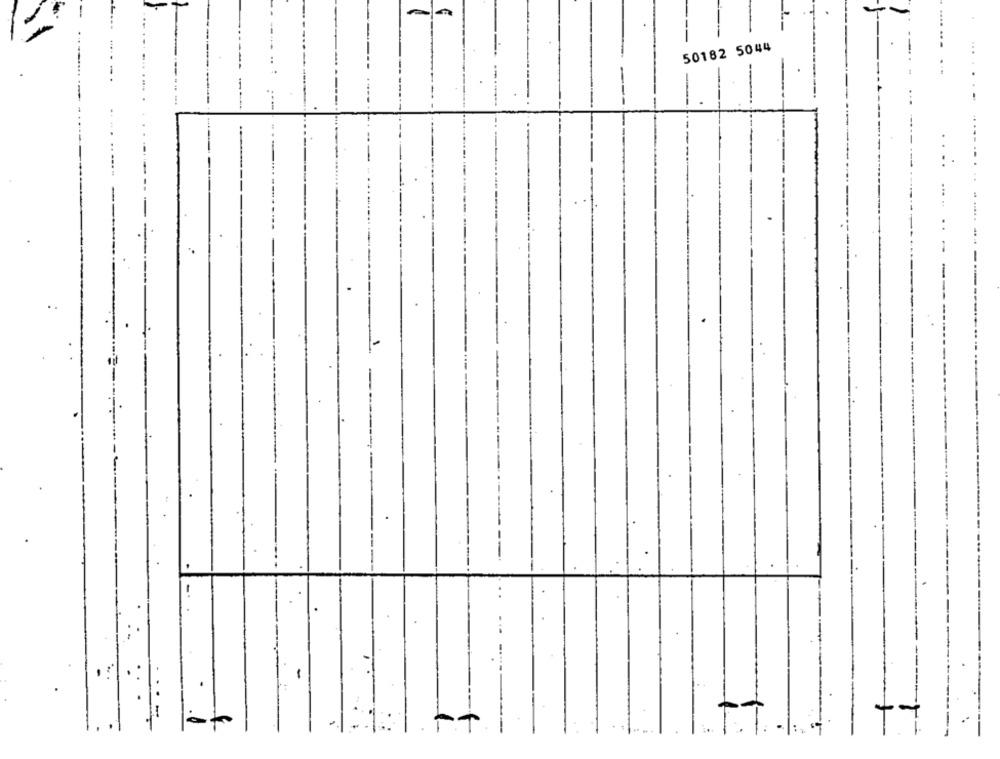
50182 5044
---- -
.
.
.
1
...
-
+